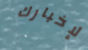
لإخبارك